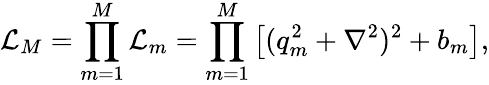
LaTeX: \mathcal{L}_{M}=\prod_{m=1}^{M}\mathcal{L}_{m}=\prod_{m=1}^{M}\left[(q_{m}^{2}+\nabla^{2})^{2}+b_{m}\right],